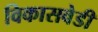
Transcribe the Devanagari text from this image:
विकासवेडी